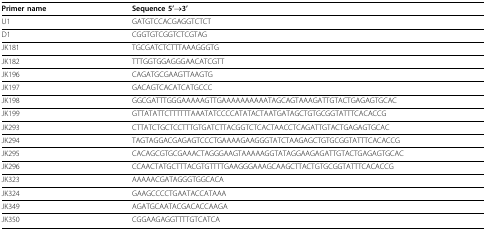
<table><thead><tr><td><b>Primer name</b></td><td><b>Sequence 5&#x27;→3&#x27;</b></td></tr></thead><tbody><tr><td>U1</td><td>GATGTCCACGAGGTCTCT</td></tr><tr><td>D1</td><td>CGGTGTCGGTCTCGTAG</td></tr><tr><td>JK181</td><td>TGCGATCTCTTTAAAGGGTG</td></tr><tr><td>JK182</td><td>TTTGGTGGAGGGAACATCGTT</td></tr><tr><td>JK196</td><td>CAGATGCGAAGTTAAGTG</td></tr><tr><td>JK197</td><td>GACAGTCACATCATGCCC</td></tr><tr><td>JK198</td><td>GGCGATTTGGGAAAAAGTTGAAAAAAAAAATAGCAGTAAAGATTGTACTGAGAGTGCAC</td></tr><tr><td>JK199</td><td>GTTATATTCTTTTTTAAATATCCCCATATACTAATGATAGCTGTGCGGTATTTCACACCG</td></tr><tr><td>JK293</td><td>CTTATCTGCTCCTTTGTGATCTTACGGTCTCACTAACCTCAGATTGTACTGAGAGTGCAC</td></tr><tr><td>JK294</td><td>TAGTAGGACGAGAGTCCCTGAAAAGAAGGGTATCTAAGAGCTGTGCGGTATTTCACACCG</td></tr><tr><td>JK295</td><td>CACAGCGTGCGAAACTAGGGAAGTAAAAAGGTATAGGAAGAGATTGTACTGAGAGTGCAC</td></tr><tr><td>JK296</td><td>CCAACTATGCTTTACGTGTTTTGAAGGGAAAGCAAGCTTACTGTGCGGTATTTCACACCG</td></tr><tr><td>JK323</td><td>AAAAACGATAGGGTGGCACA</td></tr><tr><td>JK324</td><td>GAAGCCCCTGAATACCATAAA</td></tr><tr><td>JK349</td><td>AGATGCAATACGACACCAAGA</td></tr><tr><td>JK350</td><td>CGGAAGAGGTTTTGTCATCA</td></tr></tbody></table>